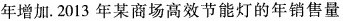
年增加。2013年某商场高效节能灯的年销售量